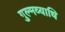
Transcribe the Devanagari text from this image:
गुल्मव्याधि